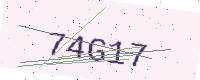
Text: 74G17